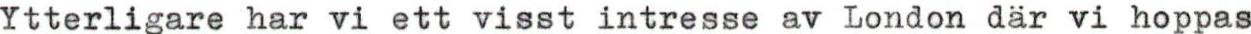
Ytterligare har vi ett visst intresse av London där vi hoppas